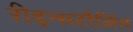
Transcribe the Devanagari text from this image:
रीइन्सटौलिंग